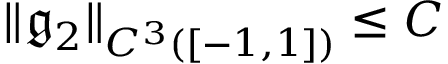
\| \mathfrak { g } _ { 2 } \| _ { C ^ { 3 } ( [ - 1 , 1 ] ) } \leq C